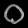
Digit: ၀